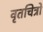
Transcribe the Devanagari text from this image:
वृतचित्रो